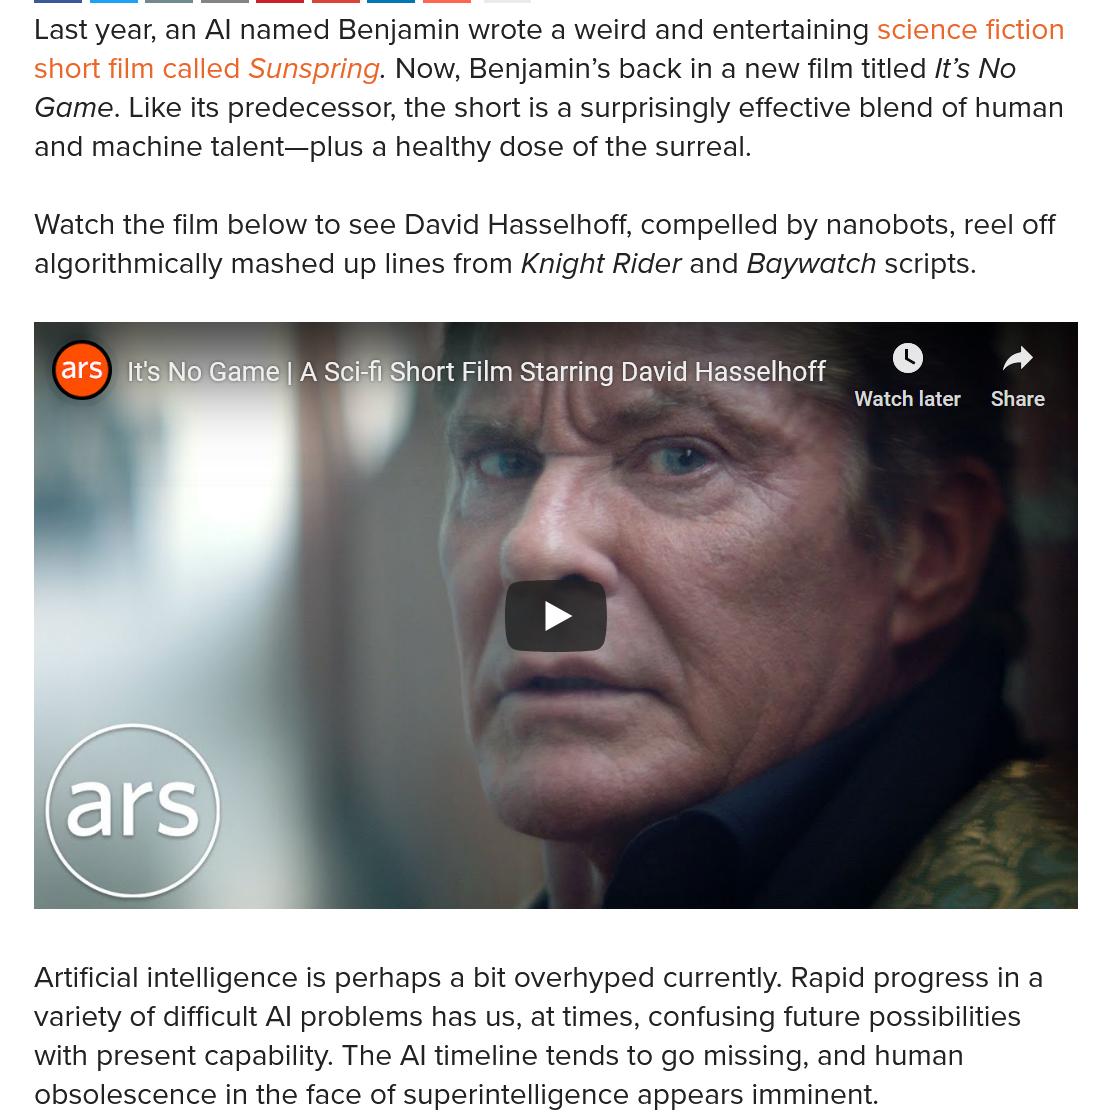
Last year, an Al named Benjamin wrote a weird and entertaining science fiction
   short film called Sunspring. Now, Benjamin’s back in a new film titled /t’s No
   Game. Like its predecessor, the short is a surprisingly effective blend of human
   and machine talent—plus a healthy dose of the surreal.
   Watch the film below to see David Hasselhoff, compelled by nanobots, reel off
   algorithmically mashed up lines from Knight Rider and Baywatch scripts.
     ort Film Starring David Hasselhoff
     A    ad
     .
     i    DTN    CL

   Artificial intelligence is perhaps a bit overhyped currently. Rapid progress ina
   variety of difficult Al problems has us, at times, confusing future possibilities
   with present capability. The Al timeline tends to go missing, and human
   obsolescence in the face of superintelligence appears imminent.
     ars
     ,
     ls No\Game|  A Sci-fi,Short Film Starring David Hasselhoff
     Watch later Share